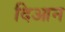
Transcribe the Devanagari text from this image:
दिआन